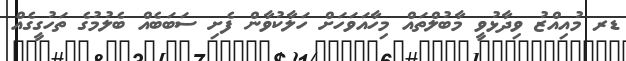
ޑރ މުއިއްޒު ވިދާޅުވީ މާބުލްތައް މިހާއަވަހަށް ހަލާކުވާން ފެށި ސަބަބެއް ބެލުމުގެ ތަހުގީގެއް